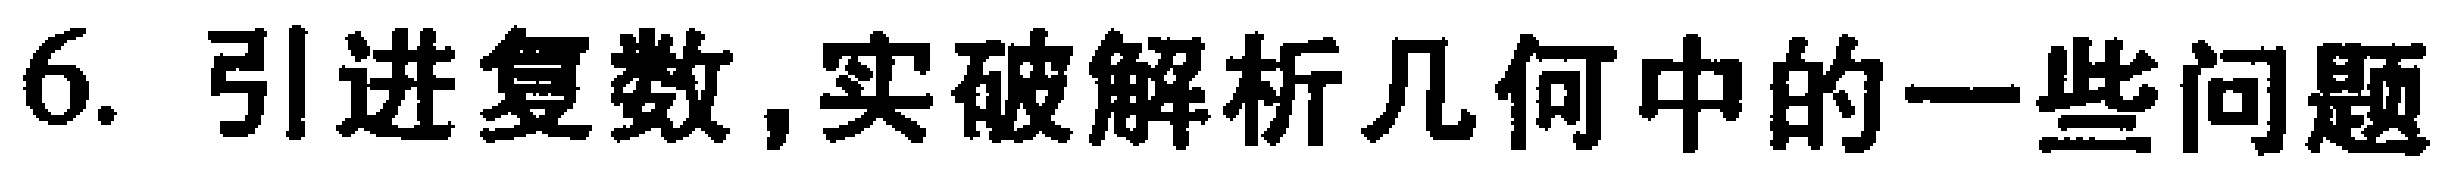
6. 引进复数,实破解析几何中的一些问题